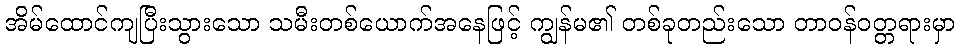
အိမ်ထောင်ကျပြီးသွားသော သမီးတစ်ယောက်အနေဖြင့် ကျွန်မ၏ တစ်ခုတည်းသော တာဝန်ဝတ္တရားမှာ